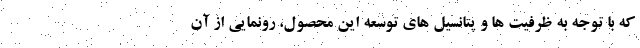
که با توجه به ظرفیت ها و پتانسیل های توسعه این محصول، رونمایی از آن